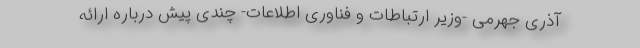
آذری جهرمی -وزیر ارتباطات و فناوری اطلاعات- چندی پیش درباره ارائه